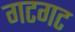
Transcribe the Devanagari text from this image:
गटगट